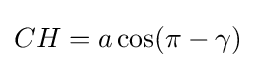
CH=a\cos(\pi -\gamma )\